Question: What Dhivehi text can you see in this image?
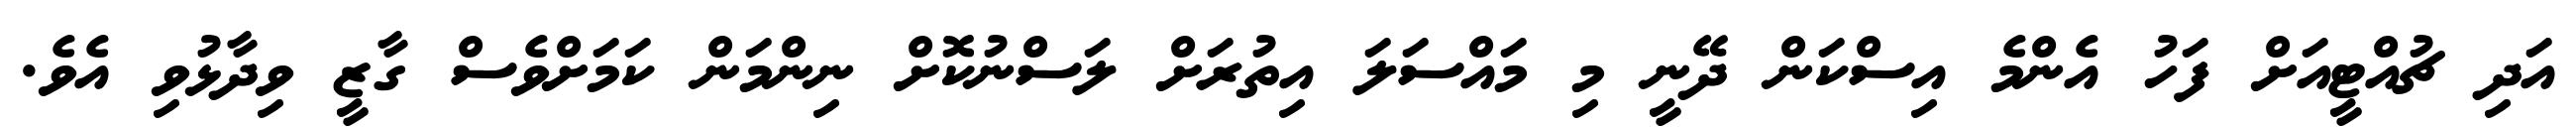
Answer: އަދި ޗުއްޓީއަށް ފަހު އެންމެ އިސްކަން ދޭނީ މި މައްސަލަ އިތުރަށް ލަސްނުކޮށް ނިންމަން ކަމަށްވެސް ގާޒީ ވިދާޅުވި އެވެ.